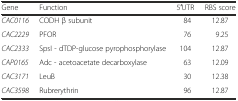
<table><thead><tr><td><b>Gene</b></td><td><b>Function</b></td><td><b>5′UTR</b></td><td><b>RBS score</b></td></tr></thead><tbody><tr><td><i>CAC0116</i></td><td>CODH β subunit</td><td>84</td><td>12.87</td></tr><tr><td><i>CAC2229</i></td><td>PFOR</td><td>76</td><td>9.25</td></tr><tr><td><i>CAC2333</i></td><td>SpsI - dTDP-glucose pyrophosphorylase</td><td>104</td><td>12.87</td></tr><tr><td><i>CAP0165</i></td><td>Adc - acetoacetate decarboxylase</td><td>63</td><td>12.09</td></tr><tr><td><i>CAC3171</i></td><td>LeuB</td><td>30</td><td>12.38</td></tr><tr><td><i>CAC3598</i></td><td>Rubrerythrin</td><td>96</td><td>12.87</td></tr></tbody></table>